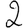
Digit: 2